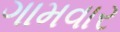
ગામવાર